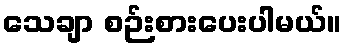
သေချာ စဉ်းစားပေးပါမယ်။